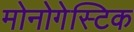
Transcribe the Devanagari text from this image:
मोनोगेस्टिक